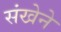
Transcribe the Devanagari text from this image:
संखेने